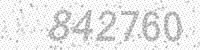
Solution: 842760